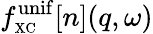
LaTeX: f_{\scriptscriptstyle\mathrm{XC}}^{\mathrm{unif}}[n](q,\omega)